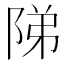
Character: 𨹥